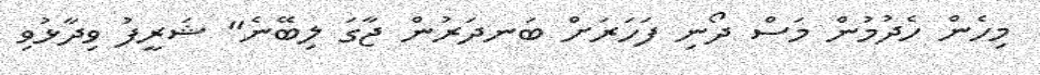
މިހެން ހެދުމުން މަސް ދޯނި ފަހަރަށް ބަނދަރުން ޖާގަ ލިބޭނެ" ޝަރީފު ވިދާޅުވި